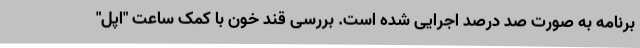
برنامه به صورت صد درصد اجرایی شده است. بررسی قند خون با کمک ساعت "اپل"